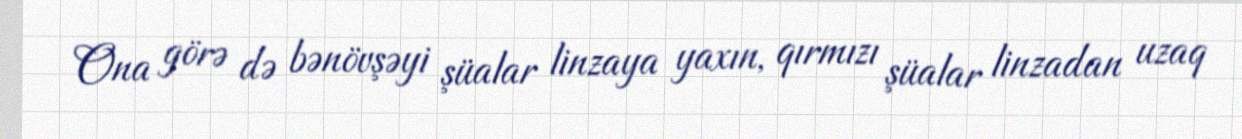
Ona görə də bənövşəyi şüalar linzaya yaxın, qırmızı şüalar linzadan uzaq